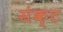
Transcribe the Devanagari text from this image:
संक्ट